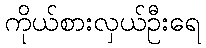
ကိုယ်စားလှယ်ဦးရေ